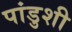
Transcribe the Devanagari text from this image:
पांडुशी